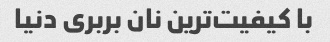
با کیفیت‌ترین نان بربری دنیا